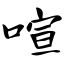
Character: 喧